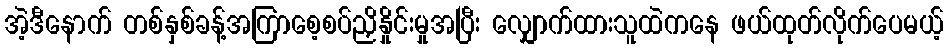
အဲ့ဒီနောက် တစ်နှစ်ခန့်အကြာစေ့စပ်ညှိနှိုင်းမှုအပြီး လျှောက်ထားသူထဲကနေ ဖယ်ထုတ်လိုက်ပေမယ့်